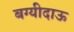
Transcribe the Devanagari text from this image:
बग्यीदाऊ